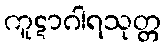
ကူဋာဂါရသုတ္တ